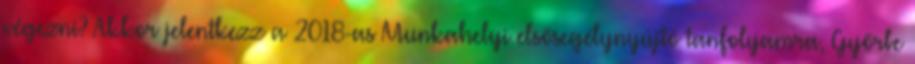
végezni? Akkor jelentkezz a 2018-as Munkahelyi elsősegélynyújtó tanfolyamra, Győrbe